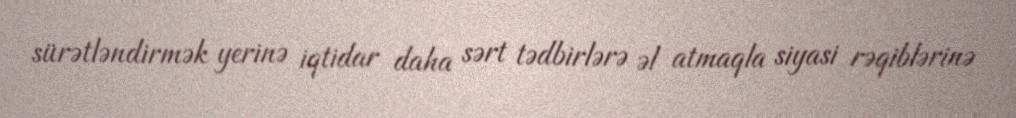
sürətləndirmək yerinə iqtidar daha sərt tədbirlərə əl atmaqla siyasi rəqiblərinə